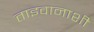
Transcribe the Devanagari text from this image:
ताइवानाशी